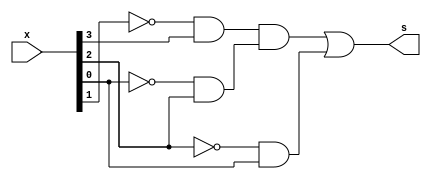

 // ------------------------- 
// Prova 1 - Letra L
// Nome: Gustavo Jota Resende 
// ------------------------- 
// ------------------------- 
// S0
// -------------------------
 
module S0(input [3:0] x, output s ); 
// ------------------------- definir dados 

wire na, nb, nc;
wire k, l, m, n;

not n1 (na, x[0]);
not n2 (nb, x[1]);
not n3 (nc, x[2]);
and a1 (k, nb, x[3]);
and a2 (l, na, x[2]);
and a3 (m, k, l);
and a4 (n, nc, x[0]);
or o1 (s, m, n);

endmodule // s1
// -------------------------